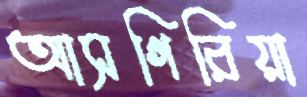
আসগিরিয়া